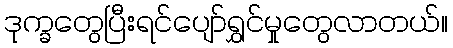
ဒုက္ခတွေပြီးရင်ပျော်ရွှင်မှုတွေလာတယ်။